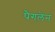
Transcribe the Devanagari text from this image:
पैगलेन